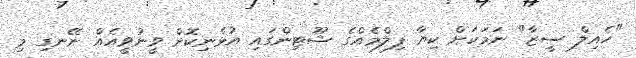
"ހެއިލް ސީޒާ" ނަމަކަށް ކިޔާ ފިލްމެއްގެ ޝޫޓިންގައި އުޅެނިކޮށް ވީނުވީއެއް ނޭނގި މި